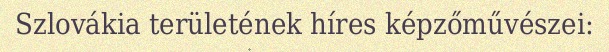
Szlovákia területének híres képzőművészei: